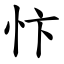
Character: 忭